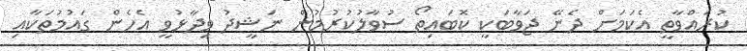
ކުރައްވާތީ އެކަމަަށް ދެނޭ ޖަވާބަކީ ކޮބައިތޯ ސުވާލުކުރުމުން ނަޝީދު ވިދާޅުވީ އެހެން ގައުމުތަކާއި